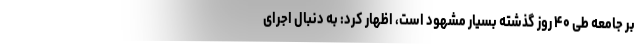
بر جامعه طی ۴۰ روز گذشته بسیار مشهود است، اظهار کرد: به دنبال اجرای